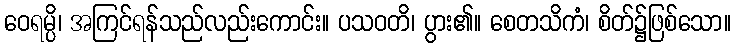
ဝေရမ္ပိ၊ အကြင်ရန်သည်လည်းကောင်း။ ပသဝတိ၊ ပွား၏။ စေတသိကံ၊ စိတ်၌ဖြစ်သော။